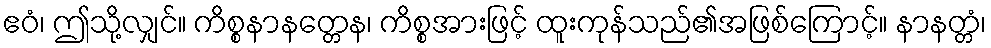
ဧဝံ၊ ဤသို့လျှင်။ ကိစ္စနာနတ္တေန၊ ကိစ္စအားဖြင့် ထူးကုန်သည်၏အဖြစ်ကြောင့်။ နာနတ္တံ၊